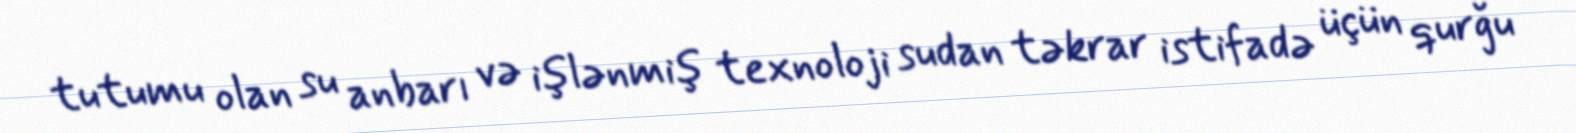
tutumu olan su anbarı və işlənmiş texnoloji sudan təkrar istifadə üçün qurğu